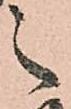
之